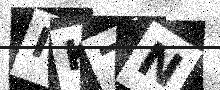
Text: IK7N